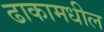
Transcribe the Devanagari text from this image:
ढाकामधील